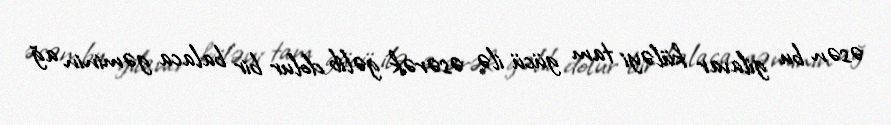
əsən bu gilavar küləyi tam gücü ilə əsərək gəlib dolur bir balaca gəminin ağ